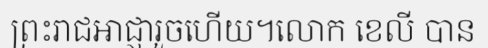
ព្រះរាជអាជ្ញារួចហើយ។លោក ខេលី បាន